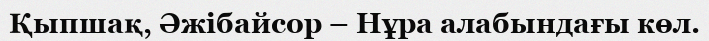
Қыпшақ, Әжібайсор – Нұра алабындағы көл.